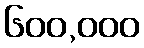
၆၀၀,၀၀၀